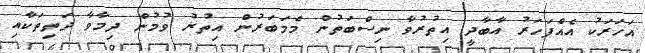
އަހަރަކު އެއްފަހަރު އާބާދީ އިތުރުވާ ނިސްބަތުން މެމަބަރުން އިތުރު ވުމުން ދިމާވާ ދަތިތަކާއި